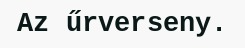
Az űrverseny.